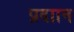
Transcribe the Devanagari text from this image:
प्रदाान